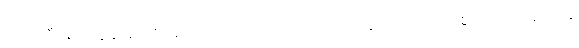
ဧရာဝတီ မြစ်ဝကျွန်းပေါ်သို့ ရောက်လာသော အခါတပြင် တပြန့် အပြောကျယ်စွာ ဂယက်လှိုင်း ကြွ